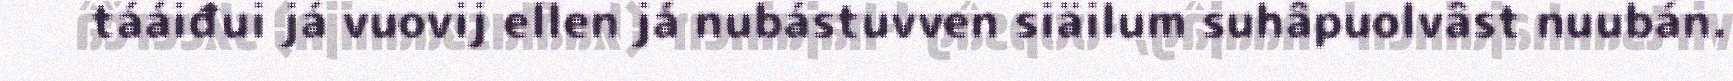
tááiđui já vuovij ellen já nubástuvven siäilum suhâpuolvâst nuubán.